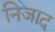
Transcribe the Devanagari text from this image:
निजाद